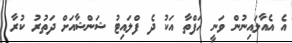
އެ އެއާލައިނުން ވަނީ ހަފްތާ އަކު ދެ ފްލައިޓު ޝަންޝާއަށް ދަތުރު ކުރާ